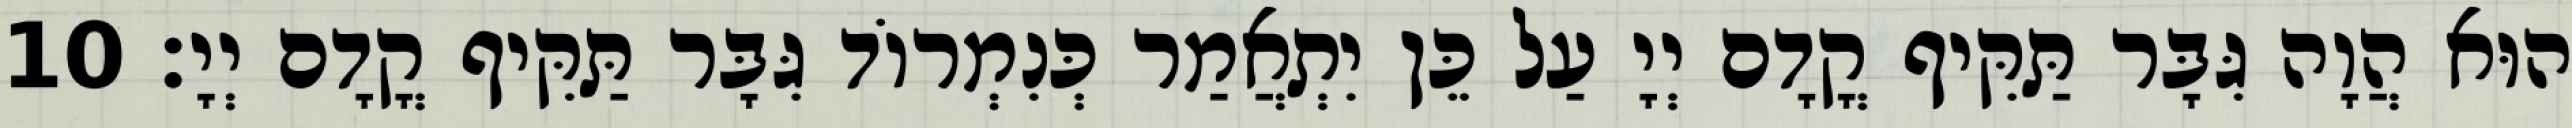
הוּא הֲוָה גִּבָּר תַּקִּיף קֳדָם יְיָ עַל כֵּן יִתְאֲמַר כְּנִמְרוֹד גִּבָּר תַּקִּיף קֳדָם יְיָ׃ 10